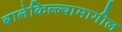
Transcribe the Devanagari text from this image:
बालेकिल्ल्यामागील